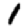
Digit: 1